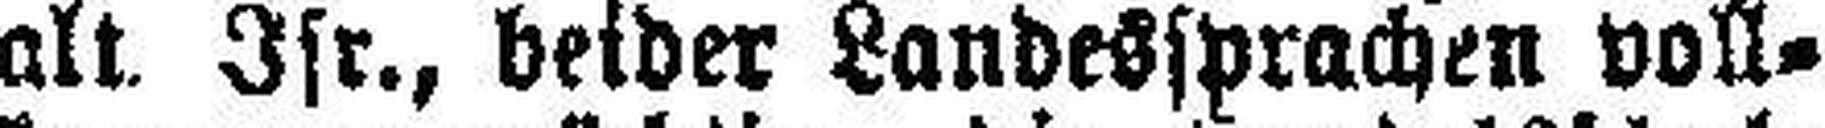
alt. Isr., beider Landessprachen voll¬